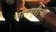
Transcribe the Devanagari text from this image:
सामग्रीचा